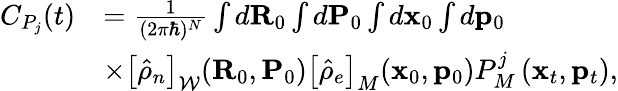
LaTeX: \begin{array}{rl}{C_{P_{j}}(t)}&{=\frac{1}{(2\pi\hbar)^{N}}\int d{\mathbf R}_{0}\int d{\mathbf P}_{0}\int d{\mathbf x}_{0}\int d{\mathbf p}_{0}}\\ &{\times\left[\hat{\rho}_{n}\right]_{\mathcal{W}}({\mathbf R}_{0},{\mathbf P}_{0})\left[\hat{\rho}_{e}\right]_{M}({\mathbf x}_{0},{\mathbf p}_{0})P_{M}^{j}\left({\mathbf x}_{t},{\mathbf p}_{t}\right),}\end{array}